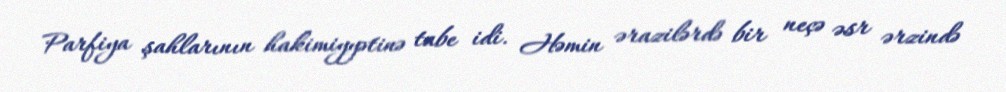
Parfiya şahlarının hakimiyyətinə tabe idi. Həmin ərazilərdə bir neçə əsr ərzində